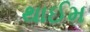
થાઈમ